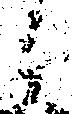
之